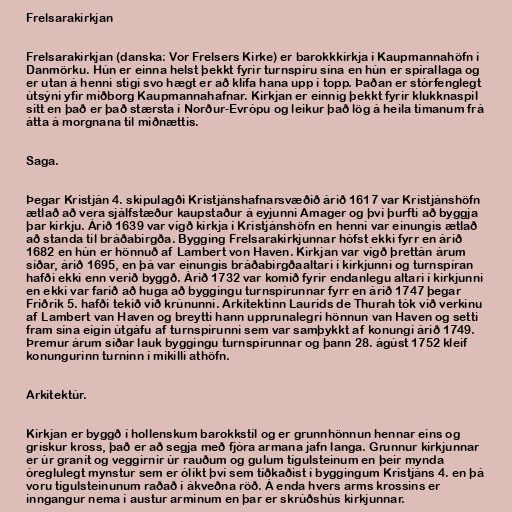
Frelsarakirkjan

Frelsarakirkjan (danska: Vor Frelsers Kirke) er barokkkirkja í Kaupmannahöfn í
Danmörku. Hún er einna helst þekkt fyrir turnspíru sína en hún er spírallaga og
er utan á henni stigi svo hægt er að klífa hana upp í topp. Þaðan er stórfenglegt
útsýni yfir miðborg Kaupmannahafnar. Kirkjan er einnig þekkt fyrir klukknaspil
sitt en það er það stærsta í Norður-Evrópu og leikur það lög á heila tímanum frá
átta á morgnana til miðnættis.

Saga.

Þegar Kristján 4. skipulagði Kristjánshafnarsvæðið árið 1617 var Kristjánshöfn
ætlað að vera sjálfstæður kaupstaður á eyjunni Amager og því þurfti að byggja
þar kirkju. Árið 1639 var vígð kirkja í Kristjánshöfn en henni var einungis ætlað
að standa til bráðabirgða. Bygging Frelsarakirkjunnar hófst ekki fyrr en árið
1682 en hún er hönnuð af Lambert von Haven. Kirkjan var vígð þrettán árum
síðar, árið 1695, en þá var einungis bráðabirgðaaltari í kirkjunni og turnspíran
hafði ekki enn verið byggð. Árið 1732 var komið fyrir endanlegu altari í kirkjunni
en ekki var farið að huga að byggingu turnspírunnar fyrr en árið 1747 þegar
Friðrik 5. hafði tekið við krúnunni. Arkitektinn Laurids de Thurah tók við verkinu
af Lambert van Haven og breytti hann upprunalegri hönnun van Haven og setti
fram sína eigin útgáfu af turnspírunni sem var samþykkt af konungi árið 1749.
Þremur árum síðar lauk byggingu turnspírunnar og þann 28. ágúst 1752 kleif
konungurinn turninn í mikilli athöfn.

Arkitektúr.

Kirkjan er byggð í hollenskum barokkstíl og er grunnhönnun hennar eins og
grískur kross, það er að segja með fjóra armana jafn langa. Grunnur kirkjunnar
er úr granít og veggirnir úr rauðum og gulum tígulsteinum en þeir mynda
óreglulegt mynstur sem er ólíkt því sem tíðkaðist í byggingum Kristjáns 4. en þá
voru tígulsteinunum raðað í ákveðna röð. Á enda hvers arms krossins er
inngangur nema í austur arminum en þar er skrúðshús kirkjunnar.